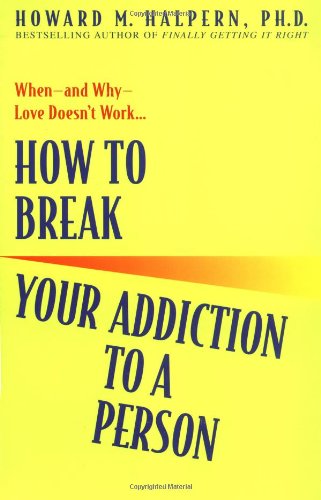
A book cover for How to Break Your Addiction to a Person; Howard Halpern; Self-Help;